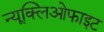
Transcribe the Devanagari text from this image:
न्यूक्लिओफाइट